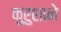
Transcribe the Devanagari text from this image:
कुरुशाने